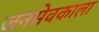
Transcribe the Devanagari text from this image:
जनसेवकाला